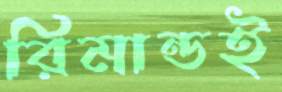
রিমান্ডই